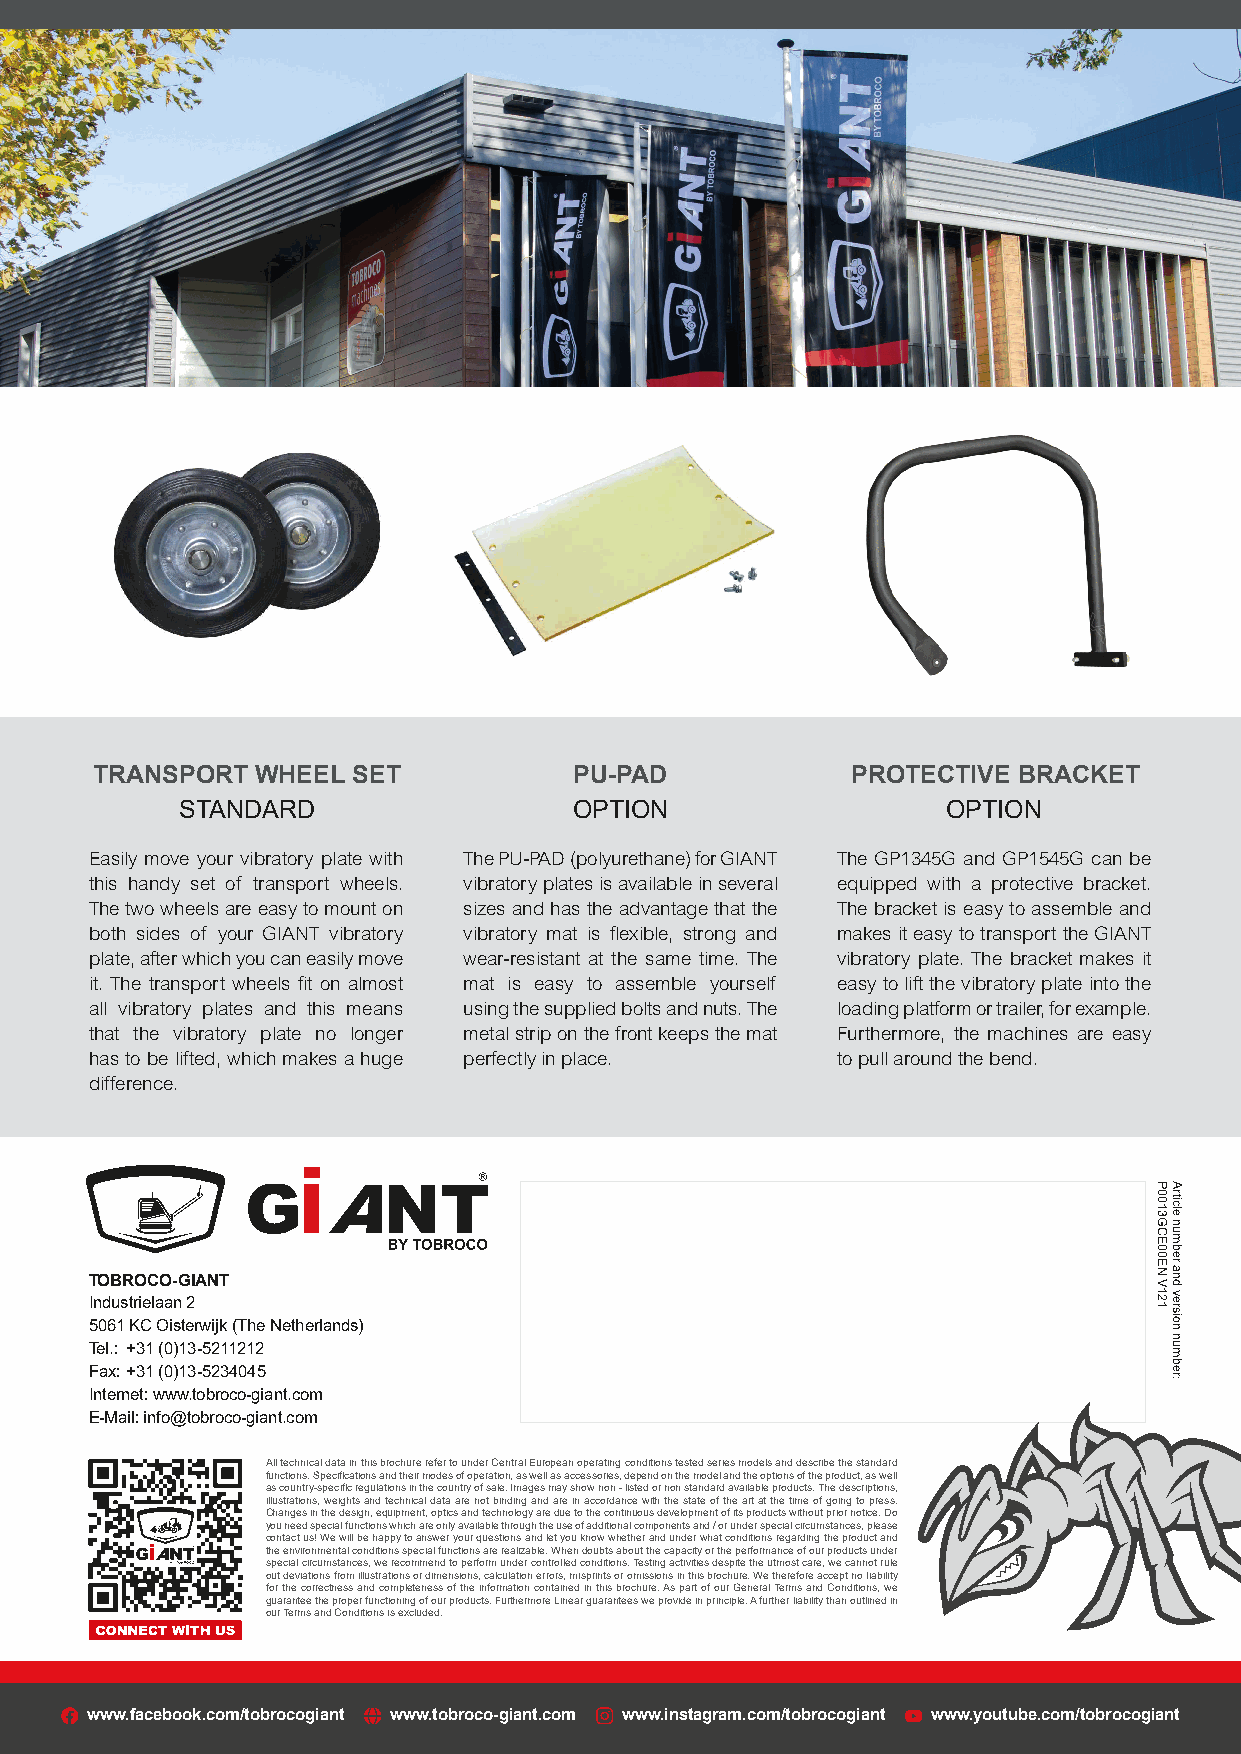
TRANSPORT  WHEEL SET            PU-PAD            PROTECTIVE BRACKET
 STANDARD                  OPTION                   OPTION
 Easily move your vibratory plate with The PU-PAD (polyurethane) for GIANT The GP1345G and GP1545G can be
 this handy set of transport wheels. vibratory plates is available in several equipped with a protective bracket.
 The two wheels are easy to mount on sizes and has the advantage that the The bracket is easy to assemble and
 both sides of your GIANT vibratory vibratory mat is flexible, strong and makes it easy to transport the GIANT
 plate, after which you can easily move wear-resistant at the same time. The vibratory plate. The bracket makes it
 it. The transport wheels fit on almost mat is easy to assemble yourself easy to lift the vibratory plate into the
 all vibratory plates and this means using the supplied bolts and nuts. The loading platform or trailer, for example.
 that the vibratory plate no longer metal strip on the front keeps the mat Furthermore, the machines are easy
 has to be lifted, which makes a huge perfectly in place. to pull around the bend.
 difference.
 TOBROCO-GIANT
 Industrielaan 2
 5061 KC Oisterwijk (The Netherlands)
 Tel.: +31 (0)13-5211212
 Fax: +31 (0)13-5234045
 Internet: www.tobroco-giant.com
 E-Mail: info@tobroco-giant.com
 All technical data in this brochure refer to under Central European operating conditions tested series models and describe the standard
 functions. Specifications and their modes of operation, as well as accessories, depend on the model and the options of the product, as well
 as country-specific regulations in the country of sale. Images may show non - listed or non standard available products. The descriptions,
 illustrations, weights and technical data are not binding and are in accordance with the state of the art at the time of going to press.
 Changes in the design, equipment, optics and technology are due to the continuous development of its products without prior notice. Do
 you need special functions which are only available through the use of additional components and / or under special circumstances, please
 contact us! We will be happy to answer your questions and let you know whether and under what conditions regarding the product and
 the environmental conditions special functions are realizable. When doubts about the capacity or the performance of our products under
 special circumstances, we recommend to perform under controlled conditions. Testing activities despite the utmost care, we cannot rule
 out deviations from illustrations or dimensions, calculation errors, misprints or omissions in this brochure. We therefore accept no liability
 for the correctness and completeness of the information contained in this brochure. As part of our General Terms and Conditions, we
 guarantee the proper functioning of our products. Furthermore Linear guarantees we provide in principle. A further liability than outlined in
 our Terms and Conditions is excluded.
 www.facebook.com/tobrocogiant www.tobroco-giant.com www.instagram.com/tobrocogiant www.youtube.com/tobrocogiant
 P0013GCE00EN
 V121
 Article
 number
 and
 version
 number: